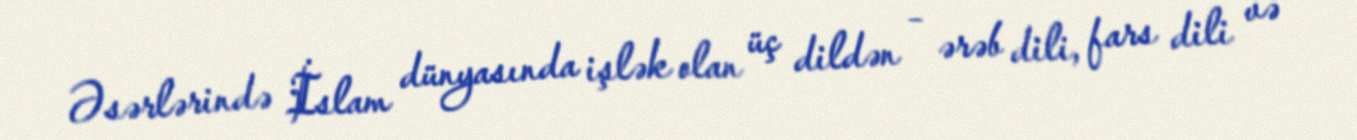
Əsərlərində İslam dünyasında işlək olan üç dildən – ərəb dili, fars dili və